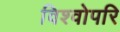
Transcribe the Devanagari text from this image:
विश्वोपरि